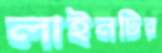
লাইনটির